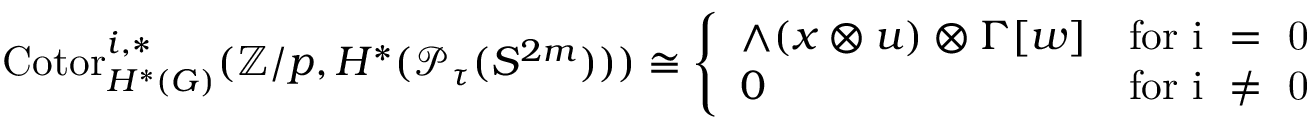
\begin{array} { r } { \mathrm { C o t o r } _ { H ^ { * } ( G ) } ^ { i , * } ( { \mathbb Z } / p , H ^ { * } ( { \mathcal P } _ { \tau } ( S ^ { 2 m } ) ) ) \cong \left\{ \begin{array} { l l } { \wedge ( x \otimes u ) \otimes \Gamma [ w ] } & { \mathrm { f o r ~ i ~ = ~ 0 ~ } } \\ { 0 } & { \mathrm { f o r ~ i ~ \neq ~ 0 ~ } } \end{array} \right. } \end{array}